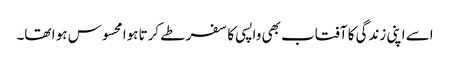
اسے اپنی زندگی کا آفتاب بھی واپسی کا سفر طے کرتا ہوا محسوس ہو ا تھا۔